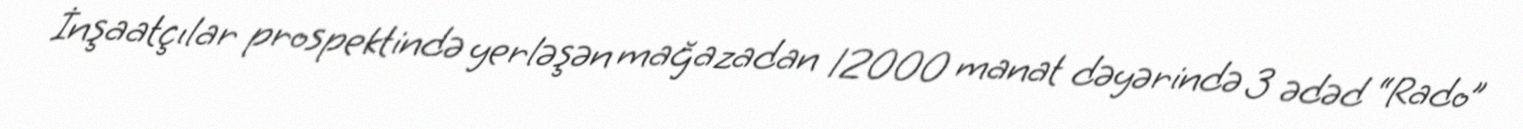
İnşaatçılar prospektində yerləşən mağazadan 12000 manat dəyərində 3 ədəd “Rado”